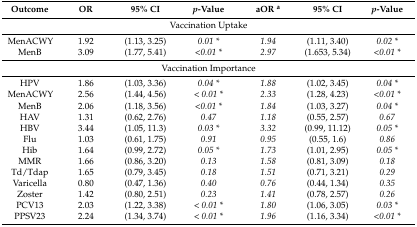
<table><thead><tr><td><b>Outcome</b></td><td><b>OR</b></td><td><b>95% CI</b></td><td><b><i>p</i>-Value</b></td><td><b>aOR <sup>a</sup></b></td><td><b>95% CI</b></td><td><b><i>p</i>-Value</b></td></tr></thead><tbody><tr><td colspan="7">Vaccination Uptake</td></tr><tr><td>MenACWY </td><td>1.92</td><td>(1.13, 3.25)</td><td><i>0.01 *</i></td><td><i>1.94</i></td><td>(1.11, 3.40)</td><td><i>0.02 *</i></td></tr><tr><td>MenB</td><td>3.09</td><td>(1.77, 5.41)</td><td><i>&lt;0.01 *</i></td><td><i>2.97</i></td><td>(1.653, 5.34)</td><td><i>&lt;0.01 *</i></td></tr><tr><td colspan="7">Vaccination Importance</td></tr><tr><td>HPV</td><td>1.86</td><td>(1.03, 3.36)</td><td><i>0.04 *</i></td><td><i>1.88</i></td><td>(1.02, 3.45)</td><td><i>0.04 *</i></td></tr><tr><td>MenACWY</td><td>2.56</td><td>(1.44, 4.56)</td><td><i>&lt; 0.01 *</i></td><td><i>2.33</i></td><td>(1.28, 4.23)</td><td><i>&lt;0.01 *</i></td></tr><tr><td>MenB</td><td>2.06</td><td>(1.18, 3.56)</td><td><i>&lt;0.01 *</i></td><td><i>1.84</i></td><td>(1.03, 3.27)</td><td><i>0.04 *</i></td></tr><tr><td>HAV</td><td>1.31</td><td>(0.62, 2.76)</td><td><i>0.47</i></td><td><i>1.18</i></td><td>(0.55, 2.57)</td><td><i>0.67</i></td></tr><tr><td>HBV</td><td>3.44</td><td>(1.05, 11.3)</td><td><i>0.03 *</i></td><td><i>3.32</i></td><td>(0.99, 11.12)</td><td><i>0.05 *</i></td></tr><tr><td>Flu</td><td>1.03</td><td>(0.61, 1.75)</td><td><i>0.91</i></td><td><i>0.95</i></td><td>(0.55, 1.6)</td><td><i>0.86</i></td></tr><tr><td>Hib</td><td>1.64</td><td>(0.99, 2.72)</td><td><i>0.05 *</i></td><td><i>1.73</i></td><td>(1.01, 2.95)</td><td><i>0.05 *</i></td></tr><tr><td>MMR</td><td>1.66</td><td>(0.86, 3.20)</td><td><i>0.13</i></td><td><i>1.58</i></td><td>(0.81, 3.09)</td><td><i>0.18</i></td></tr><tr><td>Td/Tdap</td><td>1.65</td><td>(0.79, 3.45)</td><td><i>0.18</i></td><td><i>1.51</i></td><td>(0.71, 3.21)</td><td><i>0.29</i></td></tr><tr><td>Varicella</td><td>0.80</td><td>(0.47, 1.36)</td><td><i>0.40</i></td><td><i>0.76</i></td><td>(0.44, 1.34)</td><td><i>0.35</i></td></tr><tr><td>Zoster</td><td>1.42</td><td>(0.80, 2.51)</td><td><i>0.23</i></td><td><i>1.41</i></td><td>(0.78, 2.57)</td><td><i>0.26</i></td></tr><tr><td>PCV13</td><td>2.03</td><td>(1.22, 3.38)</td><td><i>&lt; 0.01 *</i></td><td><i>1.80</i></td><td>(1.06, 3.05)</td><td><i>0.03 *</i></td></tr><tr><td>PPSV23</td><td>2.24</td><td>(1.34, 3.74)</td><td><i>&lt; 0.01 *</i></td><td><i>1.96</i></td><td>(1.16, 3.34)</td><td><i>&lt;0.01 *</i></td></tr></tbody></table>